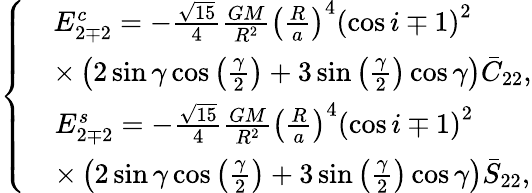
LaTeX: \left\{ \begin{array}{c}{\begin{array}{rl}&{E_{2\mp 2}^{c}=-\frac{\sqrt{15}}{4}\frac{GM}{R^{2}}\left(\frac{R}{a}\right)^{4}\left(\cos i\mp 1\right)^{2}}\\ &{\times\left(2\sin\gamma\cos\left(\frac{\gamma}{2}\right)+3\sin\left(\frac{\gamma}{2}\right)\cos\gamma\right)\bar{C}_{22},}\end{array}}\\ {\begin{array}{rl}&{E_{2\mp 2}^{s}=-\frac{\sqrt{15}}{4}\frac{GM}{R^{2}}\left(\frac{R}{a}\right)^{4}\left(\cos i\mp 1\right)^{2}}\\ &{\times\left(2\sin\gamma\cos\left(\frac{\gamma}{2}\right)+3\sin\left(\frac{\gamma}{2}\right)\cos\gamma\right)\bar{S}_{22},}\end{array}}\end{array}\right.